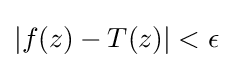
|f(z)-T(z)|<\epsilon